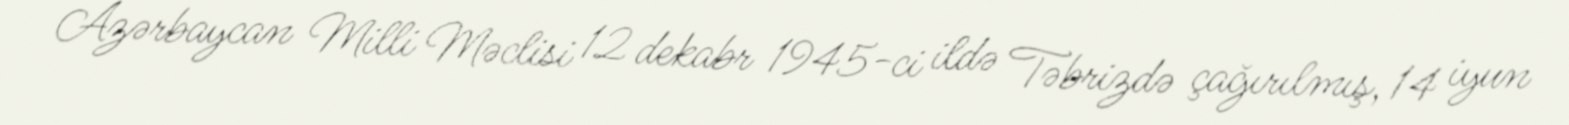
Azərbaycan Milli Məclisi 12 dekabr 1945-ci ildə Təbrizdə çağırılmış, 14 iyun